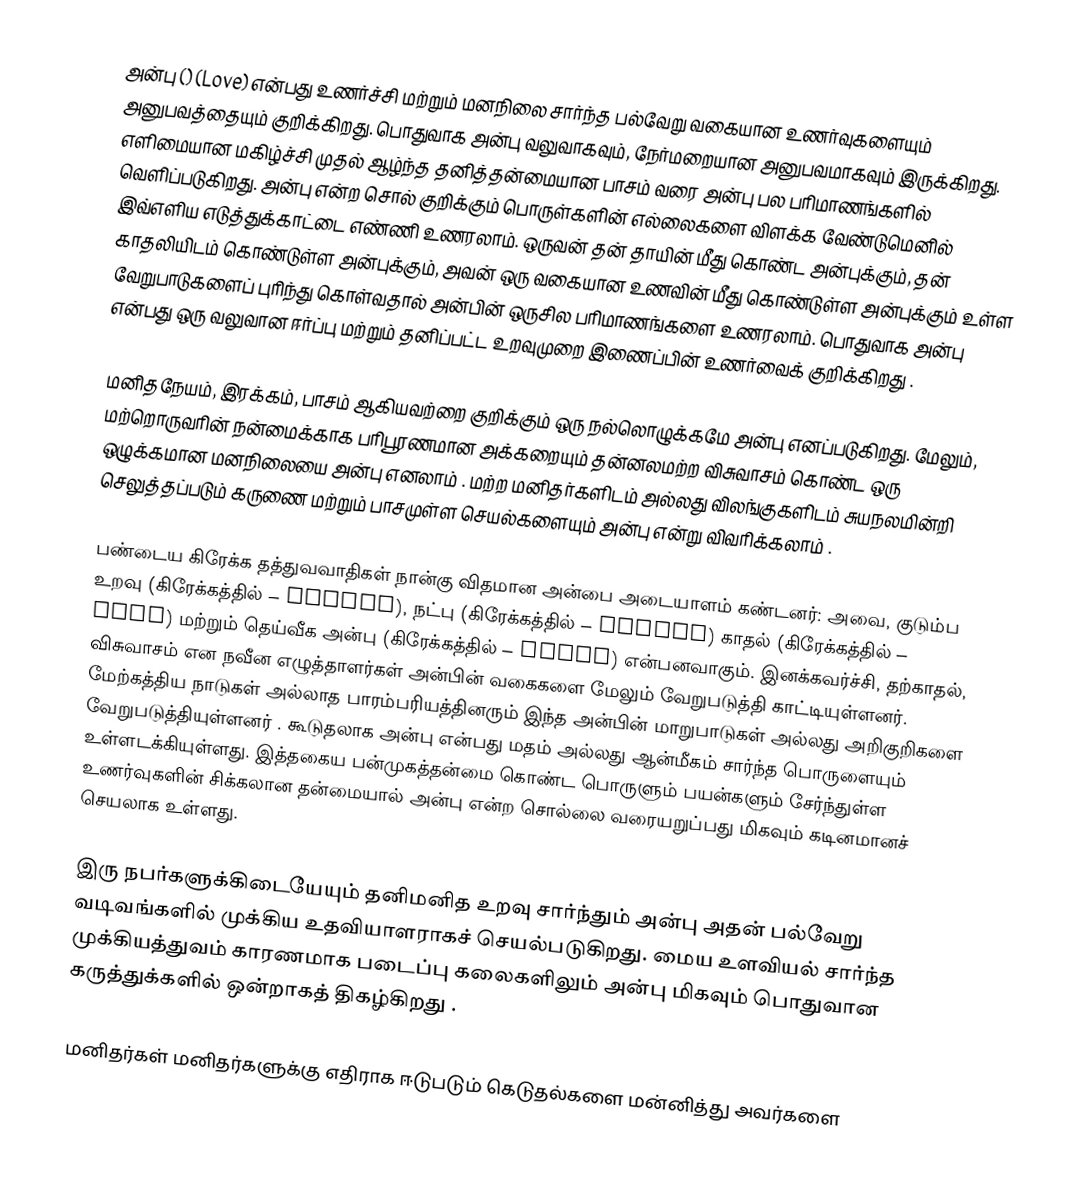
அன்பு () (Love) என்பது உணர்ச்சி மற்றும் மனநிலை சார்ந்த பல்வேறு வகையான உணர்வுகளையும் அனுபவத்தையும் குறிக்கிறது. பொதுவாக அன்பு வலுவாகவும், நேர்மறையான அனுபவமாகவும் இருக்கிறது. எளிமையான மகிழ்ச்சி முதல் ஆழ்ந்த தனித்தன்மையான பாசம் வரை அன்பு பல பரிமாணங்களில் வெளிப்படுகிறது. அன்பு என்ற சொல் குறிக்கும் பொருள்களின் எல்லைகளை விளக்க வேண்டுமெனில் இவ்எளிய எடுத்துக்காட்டை எண்ணி உணரலாம். ஒருவன் தன் தாயின் மீது கொண்ட அன்புக்கும், தன் காதலியிடம் கொண்டுள்ள அன்புக்கும், அவன் ஒரு வகையான உணவின் மீது கொண்டுள்ள அன்புக்கும் உள்ள வேறுபாடுகளைப் புரிந்து கொள்வதால் அன்பின் ஒருசில பரிமாணங்களை உணரலாம். பொதுவாக அன்பு என்பது ஒரு வலுவான ஈர்ப்பு மற்றும் தனிப்பட்ட உறவுமுறை இணைப்பின் உணர்வைக் குறிக்கிறது .

மனிதநேயம், இரக்கம், பாசம் ஆகியவற்றை குறிக்கும் ஒரு நல்லொழுக்கமே அன்பு எனப்படுகிறது. மேலும், மற்றொருவரின் நன்மைக்காக பரிபூரணமான அக்கறையும் தன்னலமற்ற விசுவாசம் கொண்ட ஒரு ஒழுக்கமான மனநிலையை அன்பு எனலாம் . மற்ற மனிதர்களிடம் அல்லது விலங்குகளிடம் சுயநலமின்றி செலுத்தப்படும் கருணை மற்றும் பாசமுள்ள செயல்களையும் அன்பு என்று விவரிக்கலாம் .

பண்டைய கிரேக்க தத்துவவாதிகள் நான்கு விதமான அன்பை அடையாளம் கண்டனர்: அவை, குடும்ப உறவு (கிரேக்கத்தில் – storge), நட்பு (கிரேக்கத்தில் – philia)  காதல் (கிரேக்கத்தில் – eros) மற்றும் தெய்வீக அன்பு (கிரேக்கத்தில் – agape) என்பனவாகும். இனக்கவர்ச்சி, தற்காதல், விசுவாசம் என நவீன எழுத்தாளர்கள் அன்பின் வகைகளை மேலும் வேறுபடுத்தி காட்டியுள்ளனர். மேற்கத்திய நாடுகள் அல்லாத பாரம்பரியத்தினரும்  இந்த அன்பின் மாறுபாடுகள் அல்லது அறிகுறிகளை வேறுபடுத்தியுள்ளனர் . கூடுதலாக அன்பு என்பது மதம் அல்லது ஆன்மீகம் சார்ந்த பொருளையும் உள்ளடக்கியுள்ளது. இத்தகைய பன்முகத்தன்மை கொண்ட பொருளும்  பயன்களும் சேர்ந்துள்ள உணர்வுகளின் சிக்கலான தன்மையால் அன்பு என்ற சொல்லை வரையறுப்பது மிகவும் கடினமானச் செயலாக உள்ளது.

இரு நபர்களுக்கிடையேயும் தனிமனித உறவு சார்ந்தும் அன்பு அதன் பல்வேறு வடிவங்களில் முக்கிய உதவியாளராகச் செயல்படுகிறது. மைய உளவியல் சார்ந்த முக்கியத்துவம் காரணமாக படைப்பு கலைகளிலும் அன்பு மிகவும் பொதுவான கருத்துக்களில் ஒன்றாகத் திகழ்கிறது .

மனிதர்கள் மனிதர்களுக்கு எதிராக ஈடுபடும் கெடுதல்களை மன்னித்து அவர்களை